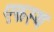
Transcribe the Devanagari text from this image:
एकस्थ